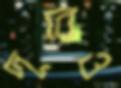
দূরেও